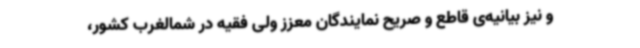
و نیز بیانیه‌ی قاطع و صریح نمایندگان معزز ولی فقیه در شمالغرب کشور،